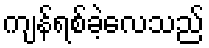
ကျန်ရစ်ခဲ့လေသည်